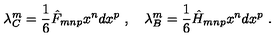
\lambda _ { C } ^ { m } = \frac { 1 } { 6 } \hat { F } _ { m n p } x ^ { n } d x ^ { p } \ , \quad \lambda _ { B } ^ { m } = \frac { 1 } { 6 } \hat { H } _ { m n p } x ^ { n } d x ^ { p } \ .